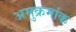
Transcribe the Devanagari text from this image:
अमुक्रमांक